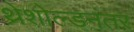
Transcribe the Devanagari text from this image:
थ्रेशोल्डनंतर